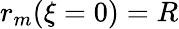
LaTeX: r_{m}(\xi=0)=R